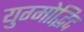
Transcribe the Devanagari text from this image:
युग्मोद्भिद